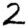
Digit: 2